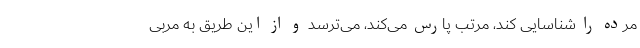
مرده را شناسایی کند، مرتب پارس می‌کند، می‌ترسد و از این طریق به مربی